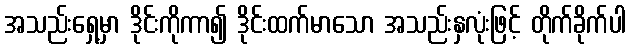
အသည်းရှေ့မှာ ဒိုင်းကိုကာ၍ ဒိုင်းထက်မာသော အသည်းနှလုံးဖြင့် တိုက်ခိုက်ပါ